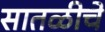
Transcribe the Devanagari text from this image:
सातळीचे